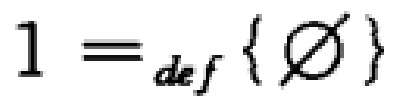
$1 \equiv_{def} \{ \varnothing \}$